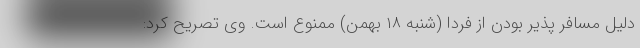
دلیل مسافر پذیر بودن از فردا (شنبه ۱۸ بهمن) ممنوع است. وی تصریح کرد: